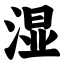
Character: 湿